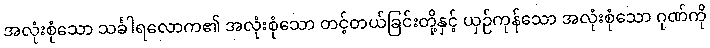
အလုံးစုံသော သင်္ခါရလောက၏ အလုံးစုံသော တင့်တယ်ခြင်းတို့နှင့် ယှဉ်ကုန်သော အလုံးစုံသော ဂုဏ်ကို